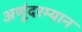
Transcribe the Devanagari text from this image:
अणूंदरम्यान